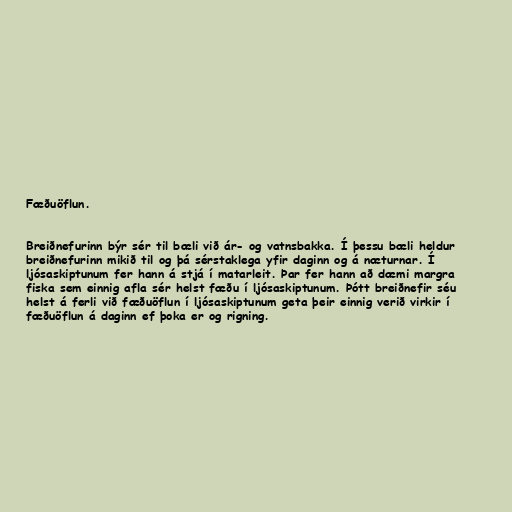
Fæðuöflun.

Breiðnefurinn býr sér til bæli við ár- og vatnsbakka. Í þessu bæli heldur
breiðnefurinn mikið til og þá sérstaklega yfir daginn og á næturnar. Í
ljósaskiptunum fer hann á stjá í matarleit. Þar fer hann að dæmi margra
fiska sem einnig afla sér helst fæðu í ljósaskiptunum. Þótt breiðnefir séu
helst á ferli við fæðuöflun í ljósaskiptunum geta þeir einnig verið virkir í
fæðuöflun á daginn ef þoka er og rigning.